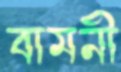
বামনী